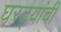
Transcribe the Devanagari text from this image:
घरट्यांची